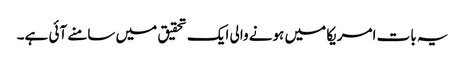
یہ بات امریکا میں ہونے والی ایک تحقیق میں سامنے آئی ہے۔